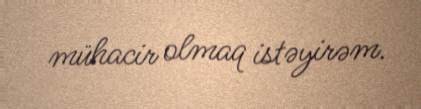
mühacir olmaq istəyirəm.